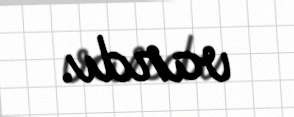
vardı.